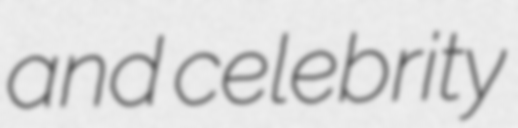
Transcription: and celebrity